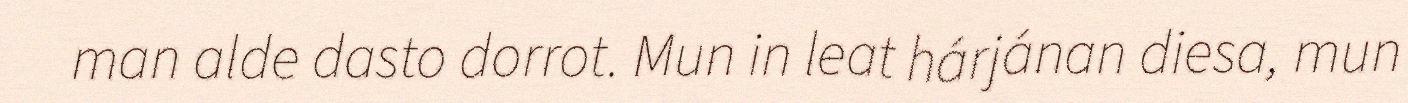
man alde dasto dorrot. Mun in leat hárjánan diesa, mun